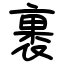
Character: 裹